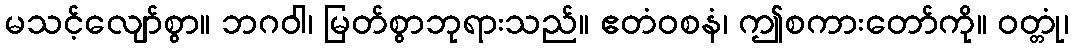
မသင့်လျော်စွာ။ ဘဂဝါ၊ မြတ်စွာဘုရားသည်။ ဧတံဝစနံ၊ ဤစကားတော်ကို။ ဝတ္တုံ၊